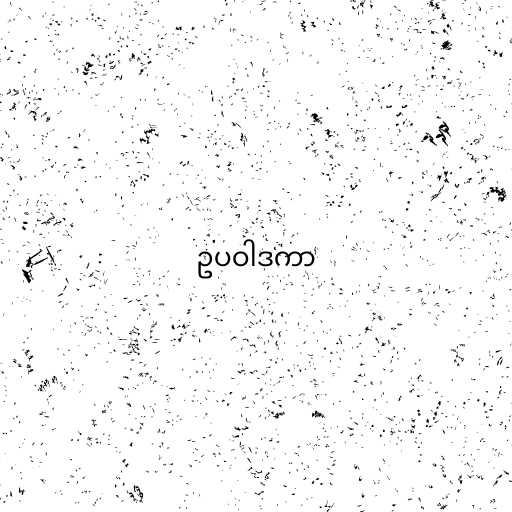
ဥပဝါဒကာ